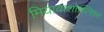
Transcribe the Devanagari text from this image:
मियावाशोच्त्सिन